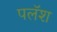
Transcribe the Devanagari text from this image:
पलॅश